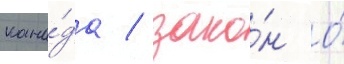
кана́да / зако́н о́